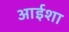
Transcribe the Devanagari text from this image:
आईशा